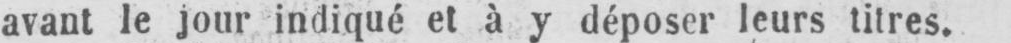
avant le jour indiqué et à y déposer leurs titres.